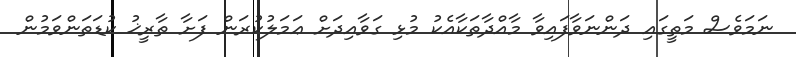
ނަމަވެސް މަތީގައި ދަންނަވާފައިވާ މާއްދާތަކާއެކު މުޅި ގަވާއިދަށް ޢަމަލުކުރަން ފަށާ ތާރީޚު ކުޑަތަންވަމުން